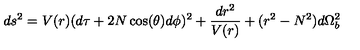
d s ^ { 2 } = V ( r ) ( d \tau + 2 N \cos ( \theta ) d \phi ) ^ { 2 } + \frac { d r ^ { 2 } } { V ( r ) } + ( r ^ { 2 } - N ^ { 2 } ) d \Omega _ { b } ^ { 2 }